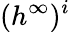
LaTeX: ({h^{\infty}})^{i}